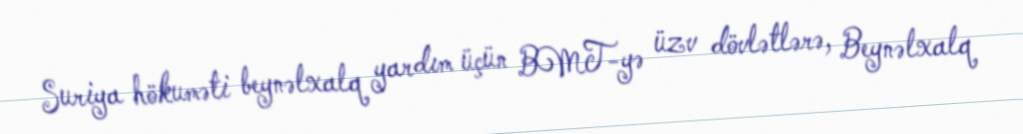
Suriya hökuməti beynəlxalq yardım üçün BMT-yə üzv dövlətlərə, Beynəlxalq